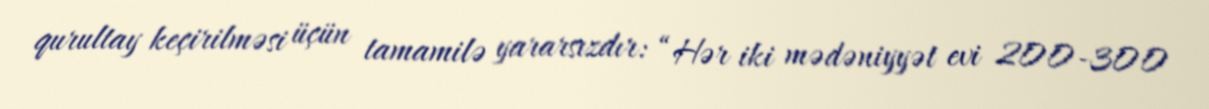
qurultay keçirilməsi üçün tamamilə yararsızdır: “Hər iki mədəniyyət evi 200-300